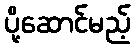
ပို့ဆောင်မည့်